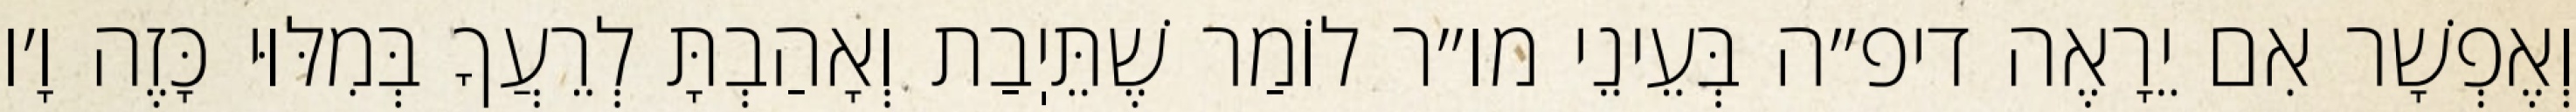
וְאֶפְשָׁר אִם יֵרָאֶה דיפ״ה בְּעֵינֵי מו״ר לוֹמַר שֶׁתֵּיֽבַת וְאָהַבְתָּ לְרֵעֲךָ בְּמִלּוּי כָּזֶה וָ׳ו